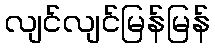
လျင်လျင်မြန်မြန်